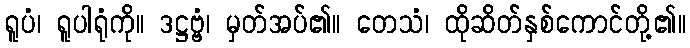
ရူပံ၊ ရူပါရုံကို။ ဒဋ္ဌဗ္ဗံ၊ မှတ်အပ်၏။ တေသံ၊ ထိုဆိတ်နှစ်ကောင်တို့၏။